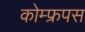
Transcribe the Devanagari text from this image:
कोम्‍फ्रपस